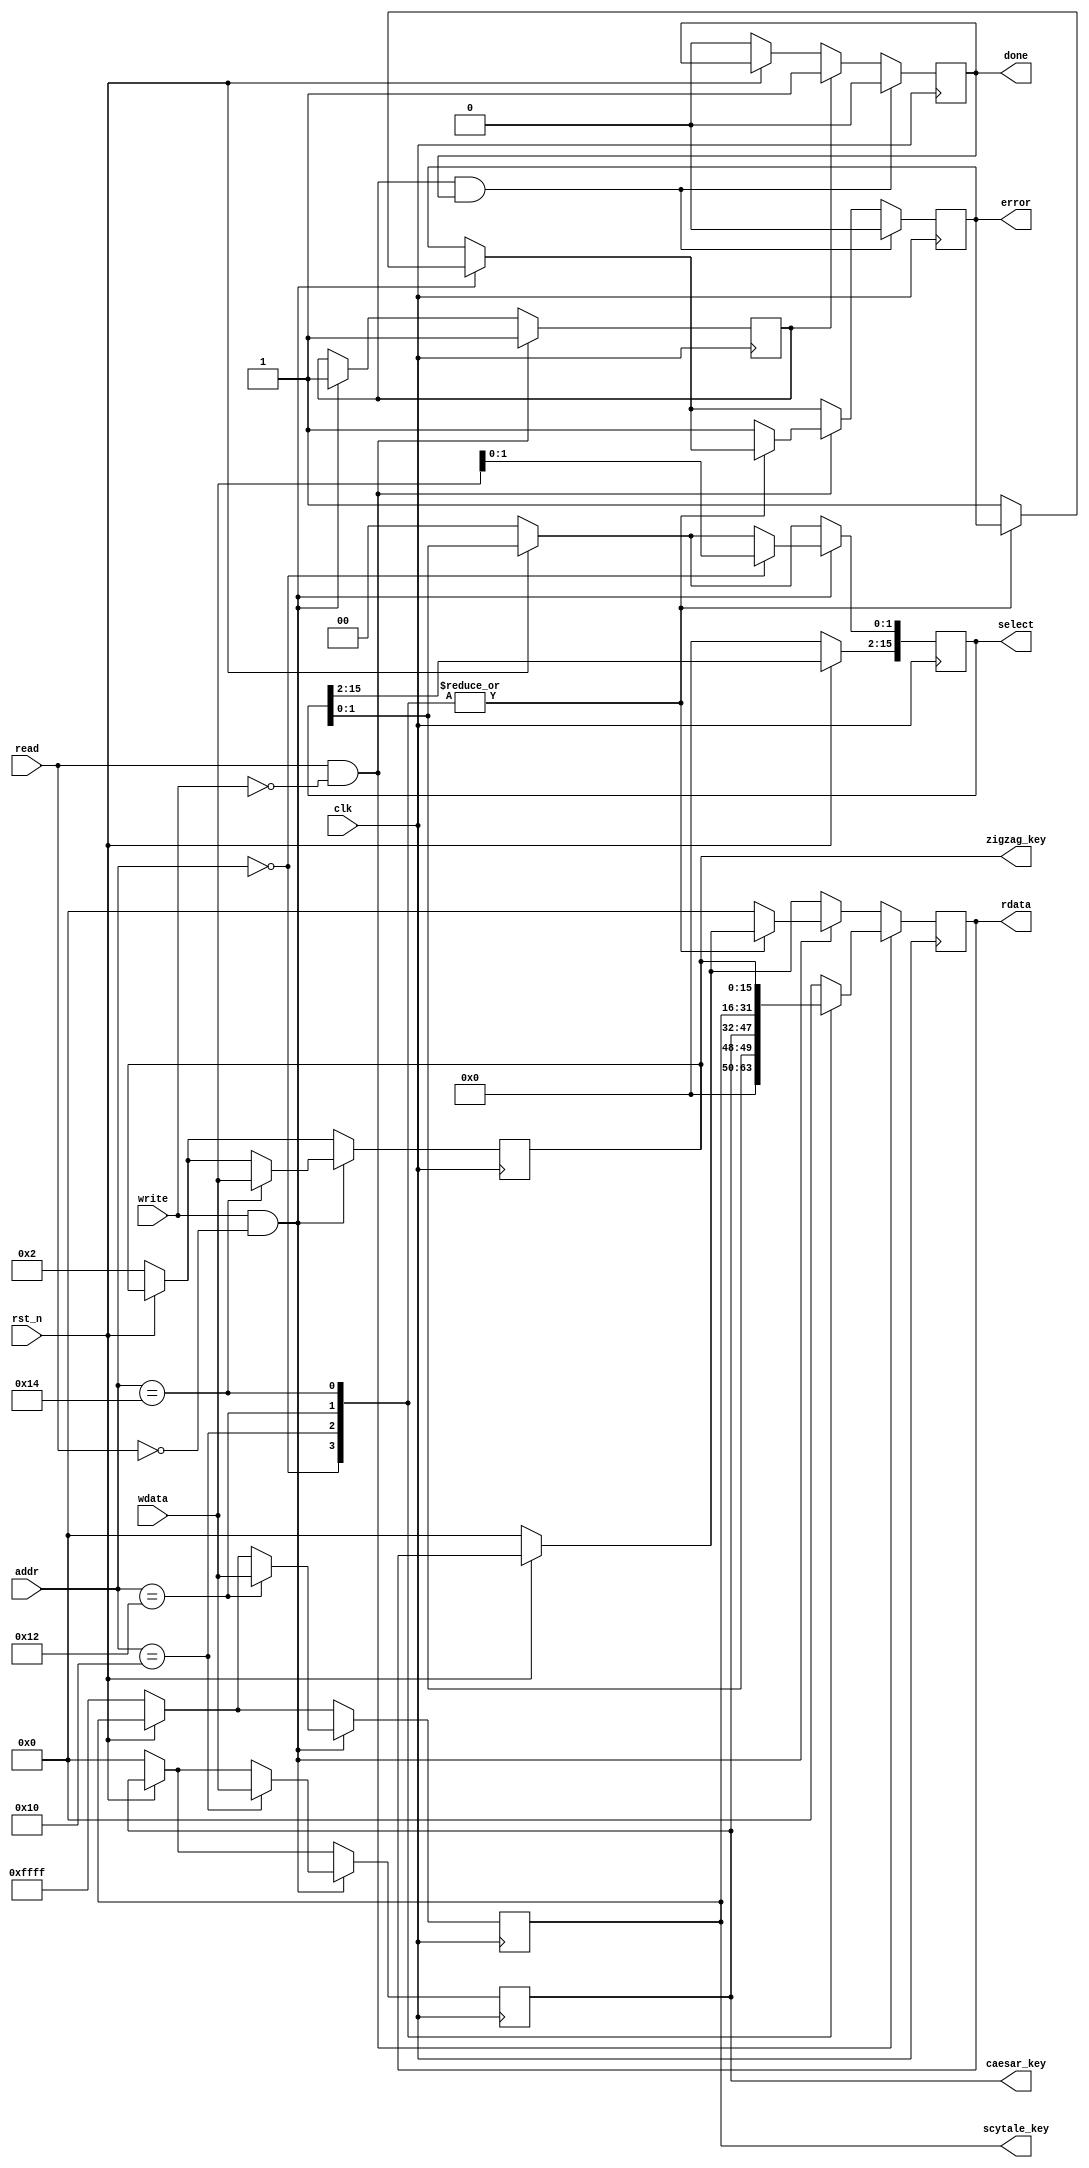
`timescale 1ns / 1ps
//////////////////////////////////////////////////////////////////////////////////
// Company: 
// Engineer: 
// 
// Design Name: 
// Module Name:    decryption_regfile 
// Project Name: 
// Target Devices: 
// Tool versions: 
// Description: 
//
// Dependencies: 
//
// Revision: 
// Revision 0.01 - File Created
// Additional Comments: 
//
//////////////////////////////////////////////////////////////////////////////////
module decryption_regfile #(
			parameter addr_witdth = 8,
			parameter reg_width 	 = 16
		)(
			// Clock and reset interface
			input clk, 
			input rst_n,
			
			// Register access interface
			input[addr_witdth - 1:0] addr,
			input read,
			input write,
			input [reg_width -1 : 0] wdata,
			output reg [reg_width -1 : 0] rdata,
			output reg done,
			output reg error,
			
			// Output wires
			output reg[reg_width - 1 : 0] select,
			output reg[reg_width - 1 : 0] caesar_key,
			output reg[reg_width - 1 : 0] scytale_key,
			output reg[reg_width - 1 : 0] zigzag_key
    );

// TODO implementati bancul de registre.
	reg [reg_width - 1 : 0] variab_select;
reg [reg_width - 1 : 0] variab_caesar;
reg [reg_width - 1 : 0] variab_scytale;
reg [reg_width - 1 : 0] variab_zigzag;
reg done_aux;

	always@(posedge clk) begin
		if(!rst_n) begin
			rdata <= 0;
			done <= 0;
			variab_select<= 16'h0;
			variab_caesar <= 16'h0;
			variab_scytale <= 16'hFFFF;
			variab_zigzag  <= 16'h2;
		end
		
		
		if(write && !read) begin
			case(addr)
				8'h00: begin // select
					variab_select[1:0] <= wdata[1:0];
					done_aux <= 1;
				end
				
				8'h10: begin //caesar_key
					variab_caesar<= wdata;
					done_aux <= 1;
				end
				
				8'h12: begin //scytale_key
					variab_scytale <= wdata;
					done_aux <= 1;
				end
			
				8'h14: begin //zigzag_key
					variab_zigzag <= wdata;
					done_aux <= 1;
				end
				
				default: begin //acces la registru inexistent
					error <= 1;
					rdata <= 0;
					done_aux <= 1;
				end
			endcase		
		end
			
		if(read && !write) begin
			case(addr)
				8'h00: begin // select
					rdata <= variab_select[1:0];
					done_aux <= 1;	
				end
				
				8'h10: begin //caesar_key
					rdata <= variab_caesar;
					done_aux <= 1;
				end
				
				8'h12: begin //scytale_key
					rdata <= variab_scytale;
					done_aux <= 1;
				end
			
				8'h14: begin //zigzag_key
					rdata <= variab_zigzag;
					done_aux <= 1;
				end
				
				default: begin
					error <= 1;
					rdata <= 0;
					done_aux <= 1;
				end
			endcase	
		end
			
		
		if(done_aux == 1) begin
			done <= 1;
		end
	
		if(done_aux == 1 && done == 1) begin //pentru a trece done in 0 pe urmatorul ciclu de ceas
			done <= 0;
			error <= 0;
		end
		
	end
	
	
	always @(*)begin //pt scriere asincrona
		select = variab_select;
		caesar_key = variab_caesar;
		scytale_key = variab_scytale;
		zigzag_key = variab_zigzag;
	end
	
endmodule